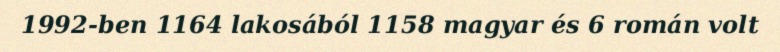
1992-ben 1164 lakosából 1158 magyar és 6 román volt